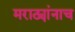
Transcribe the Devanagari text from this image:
मराठ्यांनाच